Report of the King Institute of Preventive Medicine, Guindy
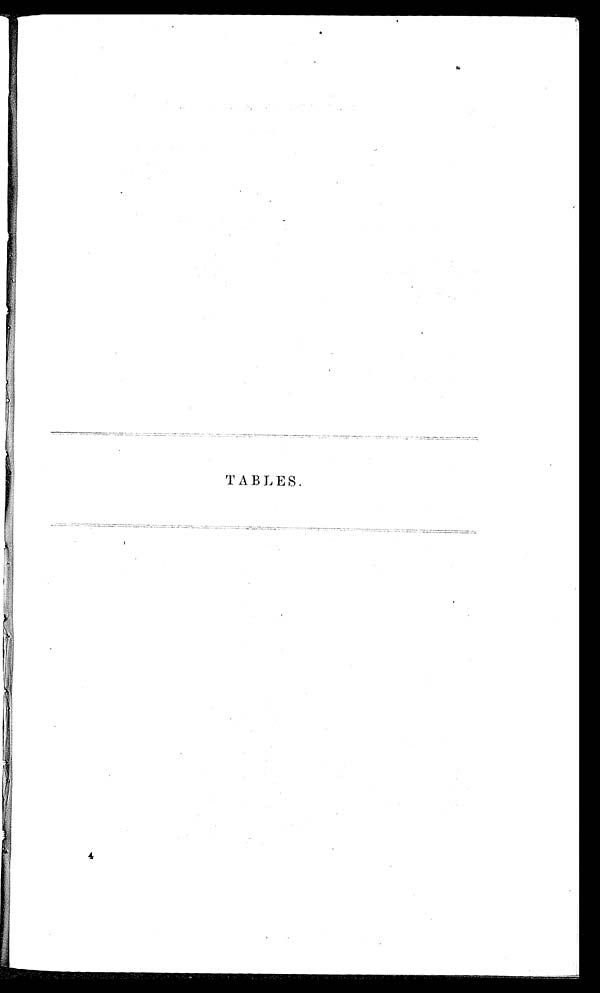
TABLES.
4